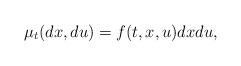
\begin{align*}\mu_t(dx, du) = f(t, x, u) dx du,\end{align*}